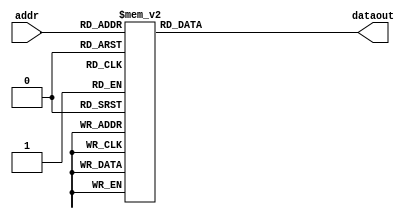
/*
* Module         - ROM_cb5
* Top module     - cbselect
* Project        - CODEC2_ENCODE_2400
* Developer      - Santhiya S
* Date           - Mon Feb 04 15:19:31 2019
*
* Description    -
* Inputs         -
*static const float codes5[] = {
  1100,
  1200,
  1300,
  1400,
  1500,
  1600,
  1700,
  1800,
  1900,
  2000,
  2100,
  2200,
  2300,
  2400,
  2500,
  2600

*};
*32 bits fixed point representation
   S - E  - M
   1 - 15 - 16
*/
module ROM_cb5(addr,dataout);

	parameter N = 32;
	input [3:0] addr;
	output reg [N-1:0] dataout;

	reg [N-1:0] cb5[15:0];
	
	always@(*)
	begin
			cb5[0] = 32'b00000100010011000000000000000000;
			cb5[1] = 32'b00000100101100000000000000000000;
			cb5[2] = 32'b00000101000101000000000000000000;
			cb5[3] = 32'b00000101011110000000000000000000;
			cb5[4] = 32'b00000101110111000000000000000000;
			cb5[5] = 32'b00000110010000000000000000000000;
			cb5[6] = 32'b00000110101001000000000000000000;
			cb5[7] = 32'b00000111000010000000000000000000;
			cb5[8] = 32'b00000111011011000000000000000000;
			cb5[9] = 32'b00000111110100000000000000000000;
			cb5[10] = 32'b00001000001101000000000000000000;
			cb5[11] = 32'b00001000100110000000000000000000;
			cb5[12] = 32'b00001000111111000000000000000000;
			cb5[13] = 32'b00001001011000000000000000000000;
			cb5[14] = 32'b00001001110001000000000000000000;
			cb5[15] = 32'b00001010001010000000000000000000;
		
		dataout = cb5[addr];
	end
endmodule